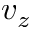
v _ { z }